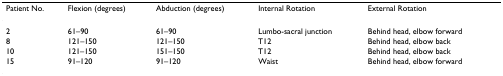
<table><thead><tr><td><b>Patient No.</b></td><td><b>Flexion (degrees)</b></td><td><b>Abduction (degrees)</b></td><td><b>Internal Rotation</b></td><td><b>External Rotation</b></td></tr></thead><tbody><tr><td>2</td><td>61–90</td><td>61–90</td><td>Lumbo-sacral junction</td><td>Behind head, elbow forward</td></tr><tr><td>8</td><td>121–150</td><td>121–150</td><td>T12</td><td>Behind head, elbow back</td></tr><tr><td>10</td><td>121–150</td><td>151–150</td><td>T12</td><td>Behind head, elbow back</td></tr><tr><td>15</td><td>91–120</td><td>91–120</td><td>Waist</td><td>Behind head, elbow forward</td></tr></tbody></table>